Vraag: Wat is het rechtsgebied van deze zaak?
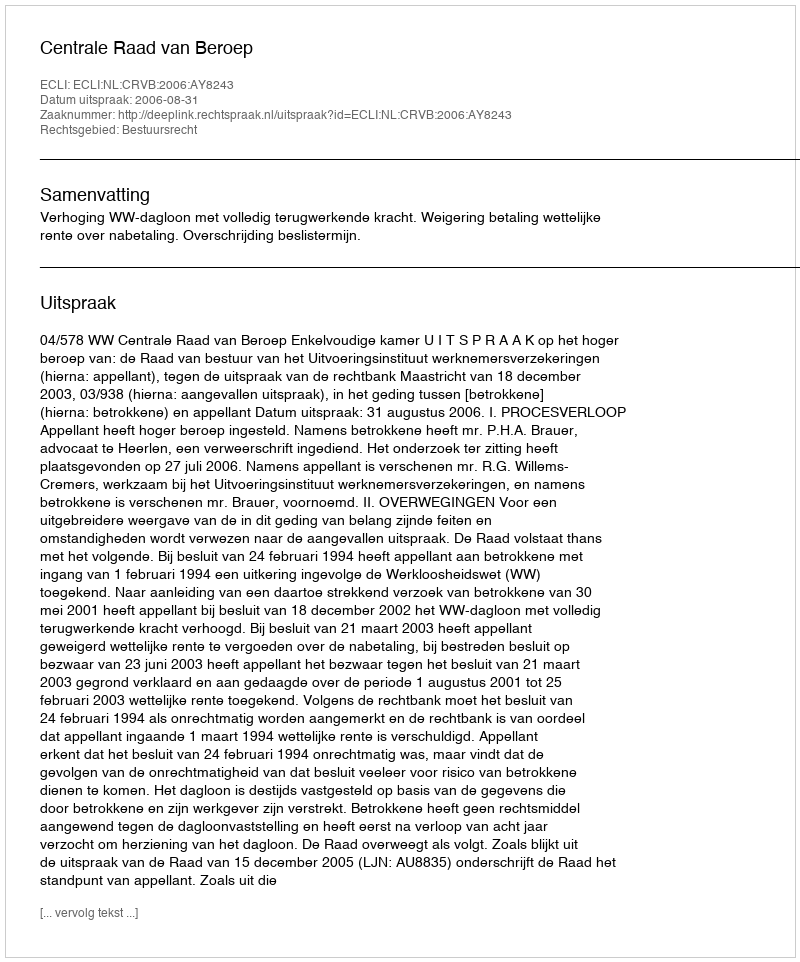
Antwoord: Bestuursrecht